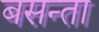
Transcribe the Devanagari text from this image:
बसन्ता